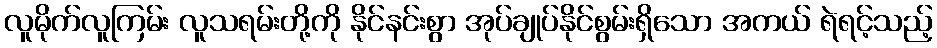
လူမိုက်လူကြမ်း လူသရမ်းတို့ကို နိုင်နင်းစွာ အုပ်ချုပ်နိုင်စွမ်းရှိသော အကယ် ရဲရင့်သည့်